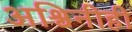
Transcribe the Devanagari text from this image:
अश्विनीही